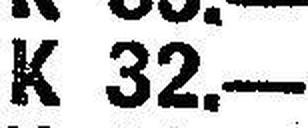
K 32.—